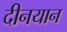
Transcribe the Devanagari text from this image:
दीनयान